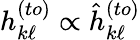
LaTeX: h_{k\ell}^{(to)}\propto\hat{h}_{k\ell}^{(to)}